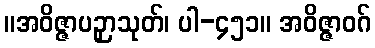
။အဝိဇ္ဇာပဉှာသုတ်၊ ပါ-၄၅၁။ အဝိဇ္ဇာဝဂ်